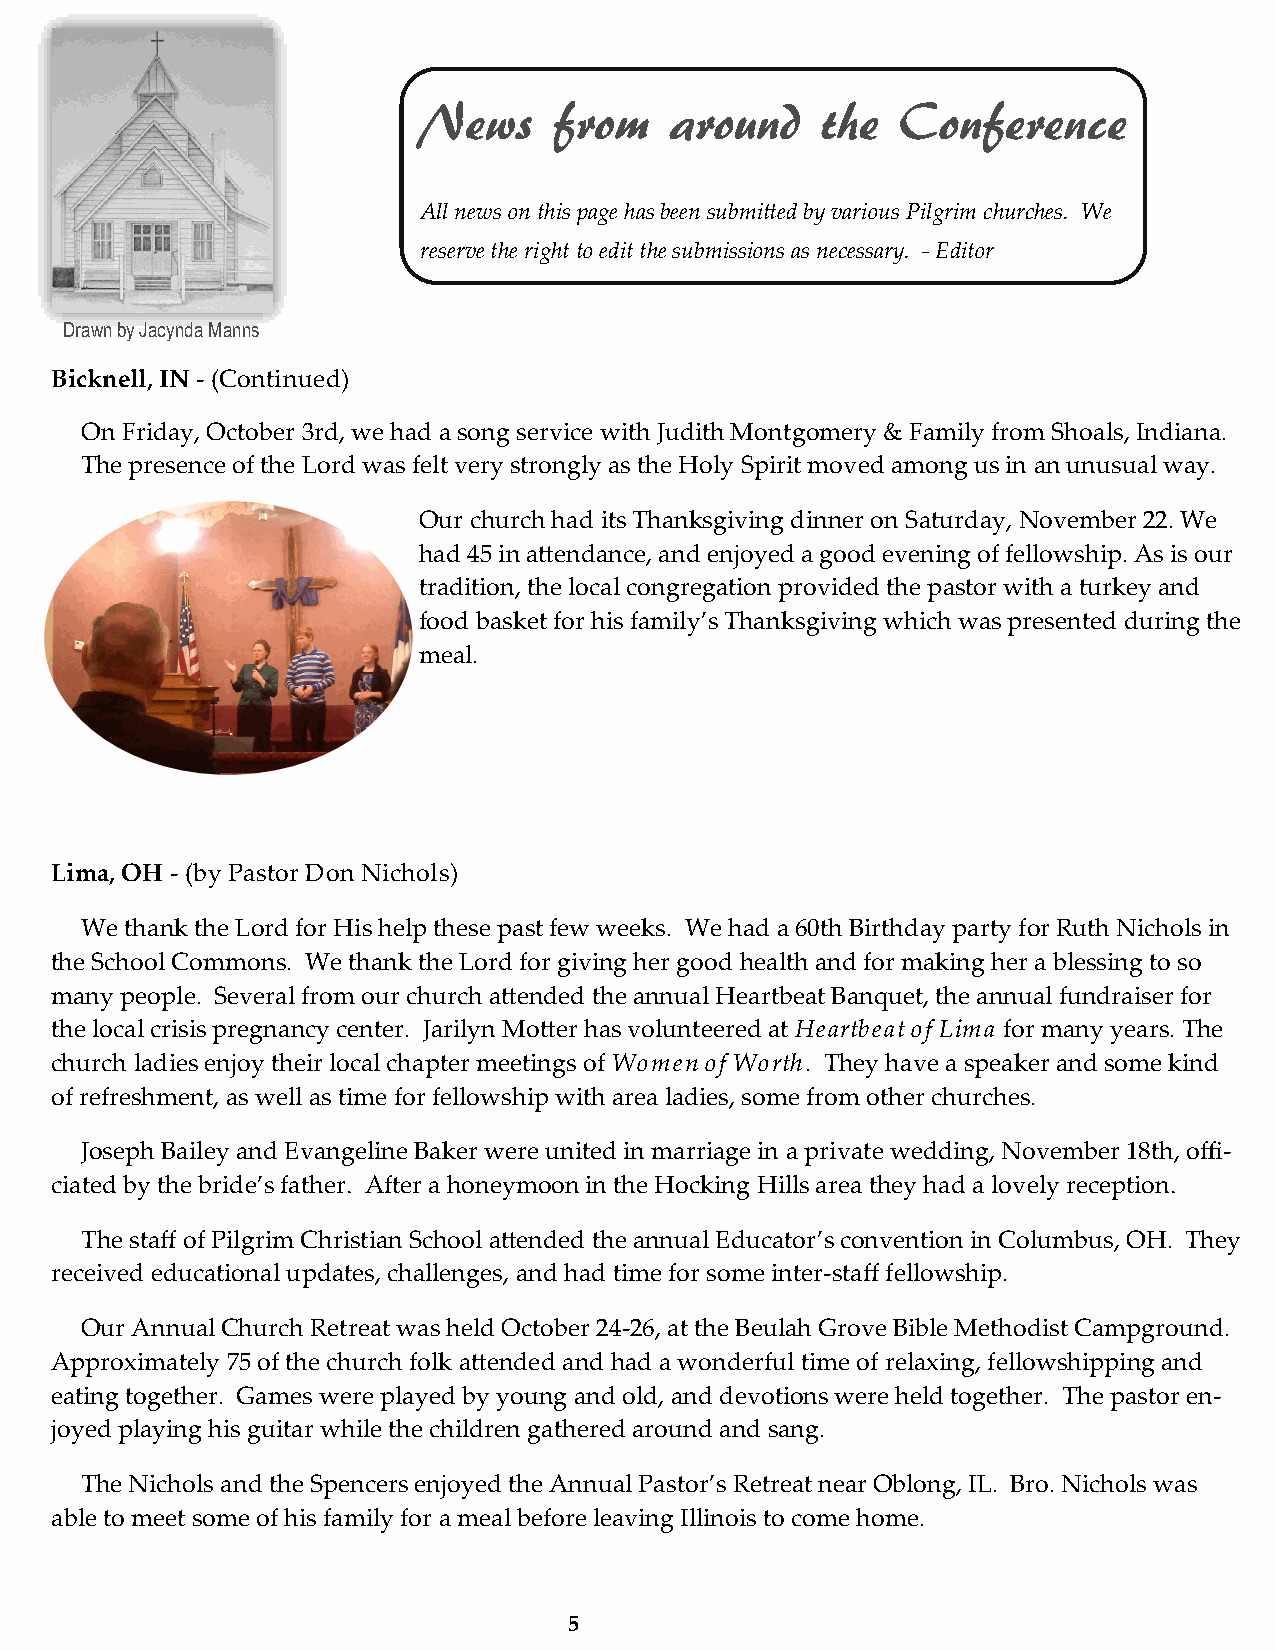
News     from   around    the   Conference
 All news on this page has been submitted by various Pilgrim churches. We
 reserve the right to edit the submissions as necessary. - Editor
 Drawn by Jacynda Manns
 Bicknell, IN - (Continued)
 On Friday, October 3rd, we had a song service with Judith Montgomery & Family from Shoals, Indiana.
 The presence of the Lord was felt very strongly as the Holy Spirit moved among us in an unusual way.
 Our church had its Thanksgiving dinner on Saturday, November 22. We
 had 45 in attendance, and enjoyed a good evening of fellowship. As is our
 tradition, the local congregation provided the pastor with a turkey and
 food basket for his family’s Thanksgiving which was presented during the
 meal.
 Lima, OH - (by Pastor Don Nichols)
 We thank the Lord for His help these past few weeks. We had a 60th Birthday party for Ruth Nichols in
 the School Commons. We thank the Lord for giving her good health and for making her a blessing to so
 many people. Several from our church attended the annual Heartbeat Banquet, the annual fundraiser for
 the local crisis pregnancy center. Jarilyn Motter has volunteered at Heartbeat of Lima for many years. The
 church ladies enjoy their local chapter meetings of Women of Worth. They have a speaker and some kind
 of refreshment, as well as time for fellowship with area ladies, some from other churches.
 Joseph Bailey and Evangeline Baker were united in marriage in a private wedding, November 18th, offi-
 ciated by the bride’s father. After a honeymoon in the Hocking Hills area they had a lovely reception.
 The staff of Pilgrim Christian School attended the annual Educator’s convention in Columbus, OH. They
 received educational updates, challenges, and had time for some inter-staff fellowship.
 Our Annual Church Retreat was held October 24-26, at the Beulah Grove Bible Methodist Campground.
 Approximately 75 of the church folk attended and had a wonderful time of relaxing, fellowshipping and
 eating together. Games were played by young and old, and devotions were held together. The pastor en-
 joyed playing his guitar while the children gathered around and sang.
 The Nichols and the Spencers enjoyed the Annual Pastor’s Retreat near Oblong, IL. Bro. Nichols was
 able to meet some of his family for a meal before leaving Illinois to come home.
 5